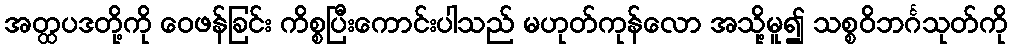
အတ္ထပဒတို့ကို ဝေဖန်ခြင်း ကိစ္စပြီးကောင်းပါသည် မဟုတ်ကုန်လော အသို့မူ၍ သစ္စဝိဘင်္ဂသုတ်ကို